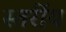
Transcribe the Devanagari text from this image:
स्तर्रीय